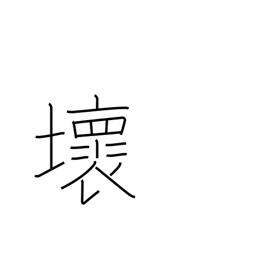
Meaning: destroy